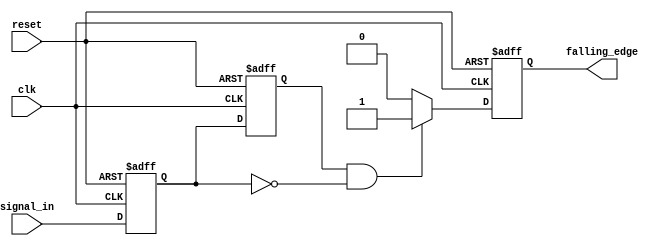
module falling_edge_detector (
    input wire clk,                // Clock signal
    input wire reset,              // Asynchronous reset signal
    input wire signal_in,          // Input signal to be monitored
    output reg falling_edge        // Output signal indicating a falling edge
);

    // Memory blocks to store the current and previous states
    reg current_state;             // Current state of the input signal
    reg previous_state;            // Previous state of the input signal

    // Always block triggered on the rising edge of the clock or reset
    always @(posedge clk or posedge reset) begin
        if (reset) begin
            // Initialize states and output on reset
            previous_state <= 1'b0;
            current_state <= 1'b0;
            falling_edge <= 1'b0;
        end else begin
            // Update states
            previous_state <= current_state;  // Store the current state as previous
            current_state <= signal_in;       // Capture the new current state

            // Falling edge detection logic
            if (previous_state == 1'b1 && current_state == 1'b0) begin
                falling_edge <= 1'b1;          // Set falling edge high on falling edge detection
            end else begin
                falling_edge <= 1'b0;          // Reset falling edge output
            end
        end
    end
endmodule